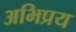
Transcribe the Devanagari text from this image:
अभिप्रय